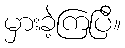
မှားခဲ့ကြပြီ။